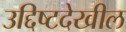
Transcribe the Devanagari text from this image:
उद्दिष्टदेखील